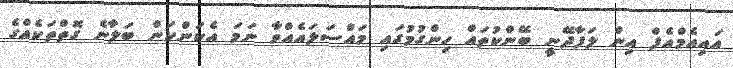
އައިއެމްއެފް އިން ލަފާދޭނީ ބޭންކުތައް ހިންގުމުގައި މައްސަލައެއްވާ ނަމަ އެކަންކަން ބަލާނެ ގޮތްތަކެއްގެ